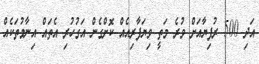
އަދި 500 ރުފިޔާއަށް ވުރެ މަތީ ވިޔަފާރިއެއް ކޮށްގެން އަގުހުރި އެތައް އިނާމުތަކެއް